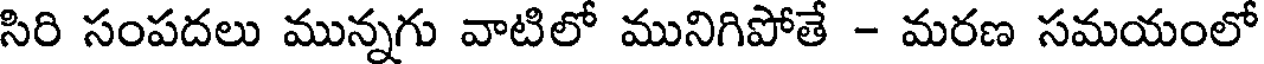
సిరి సంపదలు మున్నగు వాటిలో మునిగిపోతే - మరణ సమయంలో